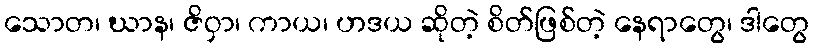
သောတ၊ ဃာန၊ ဇိဝှာ၊ ကာယ၊ ဟဒယ ဆိုတဲ့ စိတ်ဖြစ်တဲ့ နေရာတွေ၊ ဒါတွေ